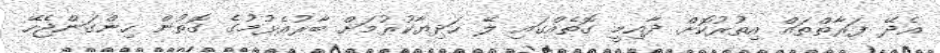
އެދޭ ފަރާތްތައް އިތުރުކޮށް ދާއިމީ ގޮތެއްގައި ލޭ ހަދިޔާކުރުމަށް ބާރުއެޅުމުގެ ގޮތުން ހިންގަންޖެހޭ